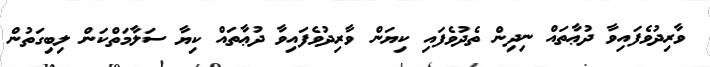
ވާރިދުވެފައިވާ ދުޢާތައް ނިދިން ތެދުވެފައި ކިޔަން ވާރިދުވެފައިވާ ދުޢާތައް ކިޔާ ސަލާމަތްކަން ލިބިގަތުން